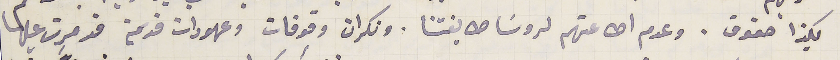
بكذا حقوق. وعدم اطاعتهم لروسَا طايفتنا. ونكران وقوفات وعهودات قديمة قد مرت عليها